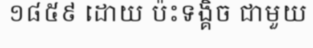
១៨៥៩ ដោយ ប៉ះទង្គិច ជាមួយ